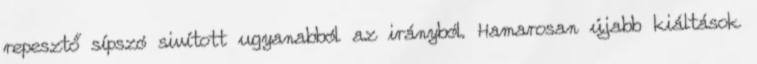
repesztő sípszó sivított ugyanabból az irányból. Hamarosan újabb kiáltások